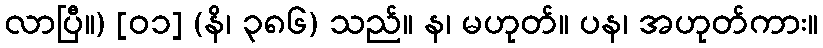
လာပြီ။) [၀၁] (နိ၊ ၃၈၆) သည်။ န၊ မဟုတ်။ ပန၊ အဟုတ်ကား။